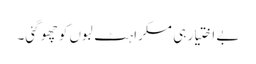
بے اختیار ہی مسکراہٹ لبوں کو چھو گئی۔